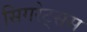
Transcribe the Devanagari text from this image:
सिगरेट्सस